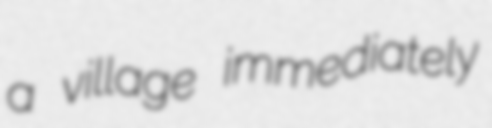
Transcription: a village immediately